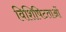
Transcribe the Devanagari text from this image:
विशिषिटताओं